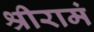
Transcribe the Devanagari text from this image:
श्रीरामं